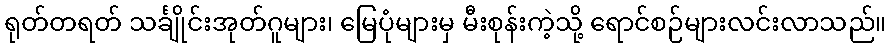
ရုတ်တရတ် သင်္ချိုင်းအုတ်ဂူများ၊ မြေပုံများမှ မီးစုန်းကဲ့သို့ ရောင်စဉ်များလင်းလာသည်။